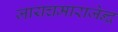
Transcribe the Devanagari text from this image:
जायचमाराजेन्द्र